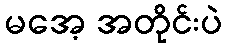
မအေ့ အတိုင်းပဲ